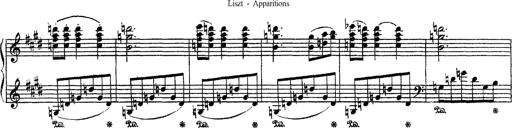
Title: Apparitions
Composer: Franz Liszt